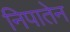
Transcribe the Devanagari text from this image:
निपातेन